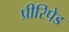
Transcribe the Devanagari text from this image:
प्रीरिपेड